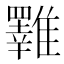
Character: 𩁇